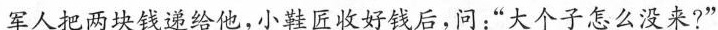
军人把两块钱递给他，小鞋匠收好钱后，问：“大个子怎么没来?”